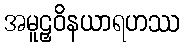
အမူဠှဝိနယာရဟဿ